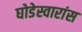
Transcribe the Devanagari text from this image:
घोडेस्वारांस